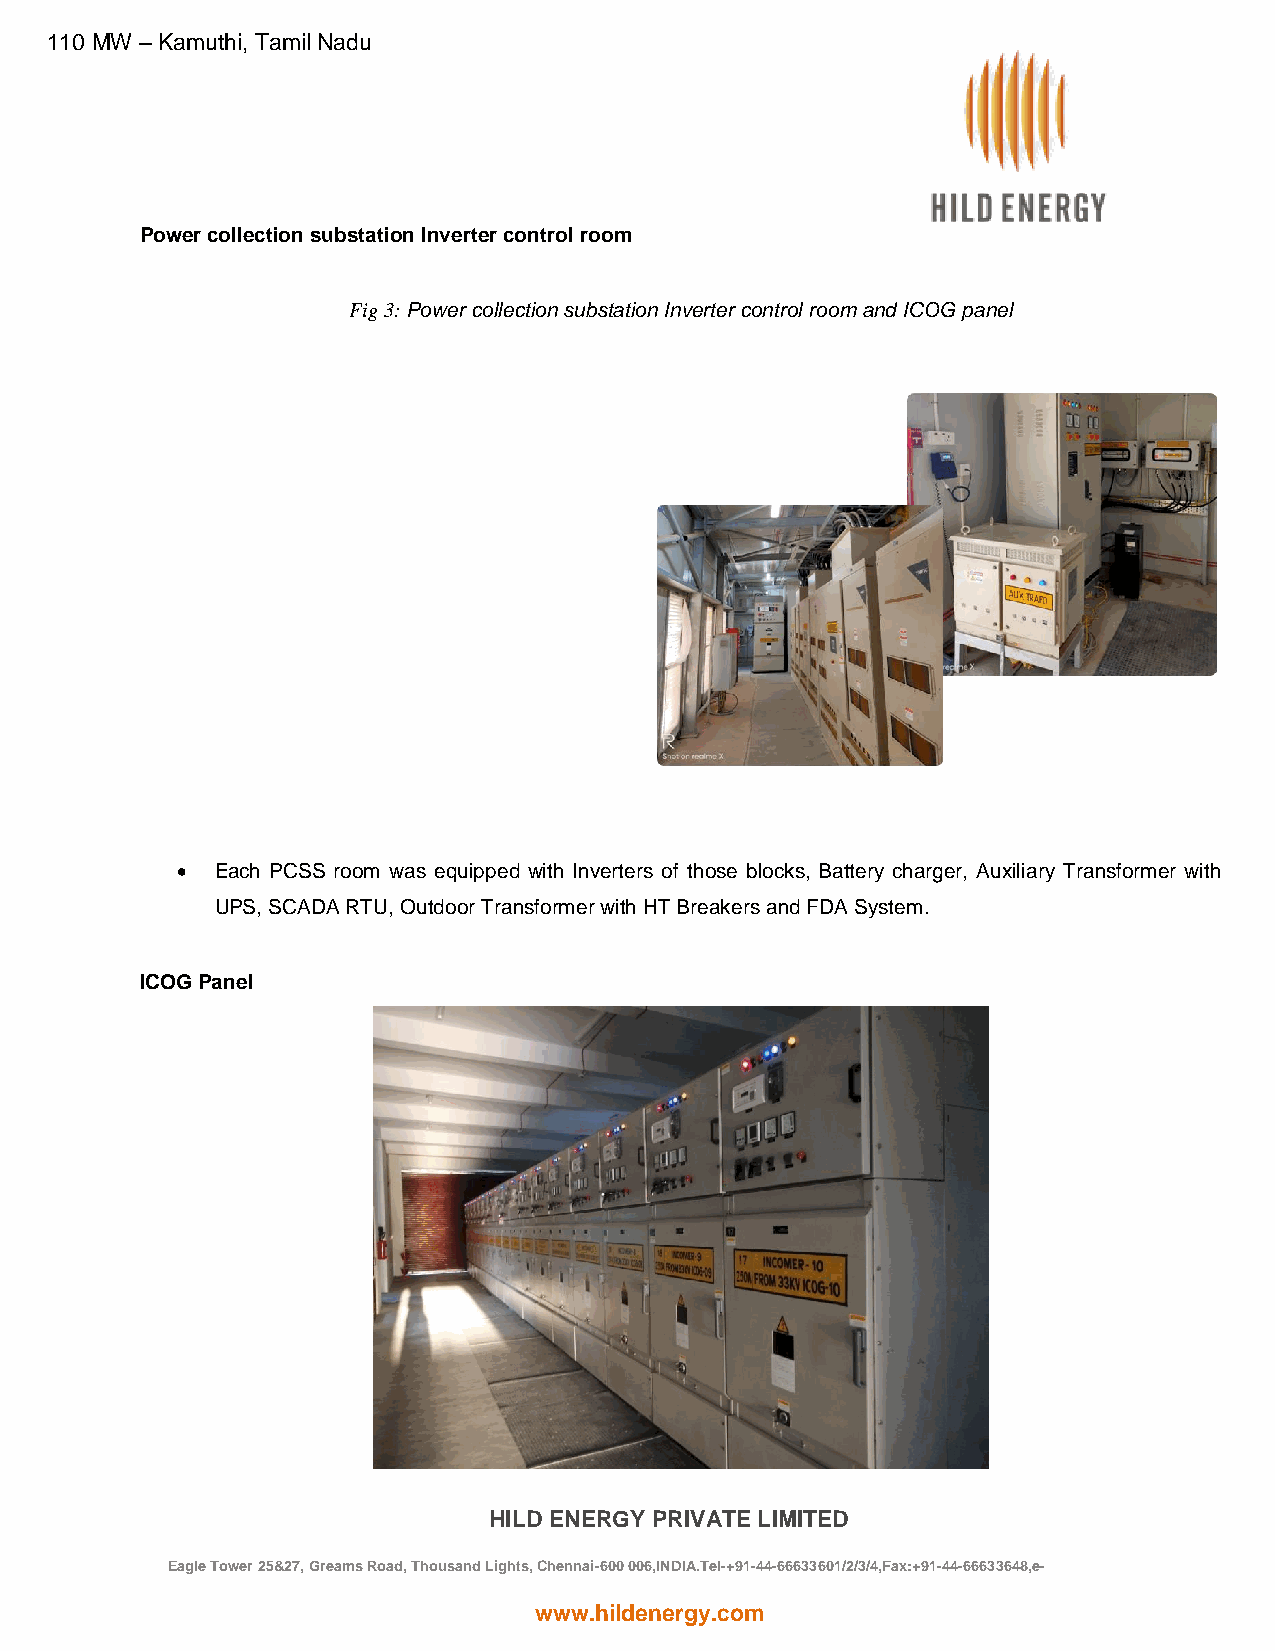
110 MW – Kamuthi, Tamil Nadu
 Power collection substation Inverter control room
 Fig 3: Power collection substation Inverter control room and ICOG panel
  Each PCSS room was equipped with Inverters of those blocks, Battery charger, Auxiliary Transformer with
 UPS, SCADA RTU, Outdoor Transformer with HT Breakers and FDA System.
 ICOG Panel
 HILD ENERGY PRIVATE LIMITED
 Eagle Tower 25&27, Greams Road, Thousand Lights, Chennai-600 006,INDIA.Tel-+91-44-66633601/2/3/4,Fax:+91-44-66633648,e-
 mail:hild@hildenergy.com
 www.hildenergy.com